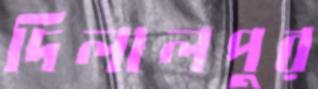
দিলালপুর